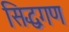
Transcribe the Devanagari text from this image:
सिद्धगण